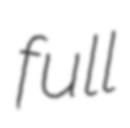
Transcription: full